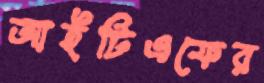
আইটিএফের